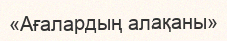
«Ағалардың алақаны»